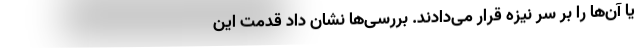
یا آن‌ها را بر سر نیزه قرار می‌دادند. بررسی‌ها نشان داد قدمت این